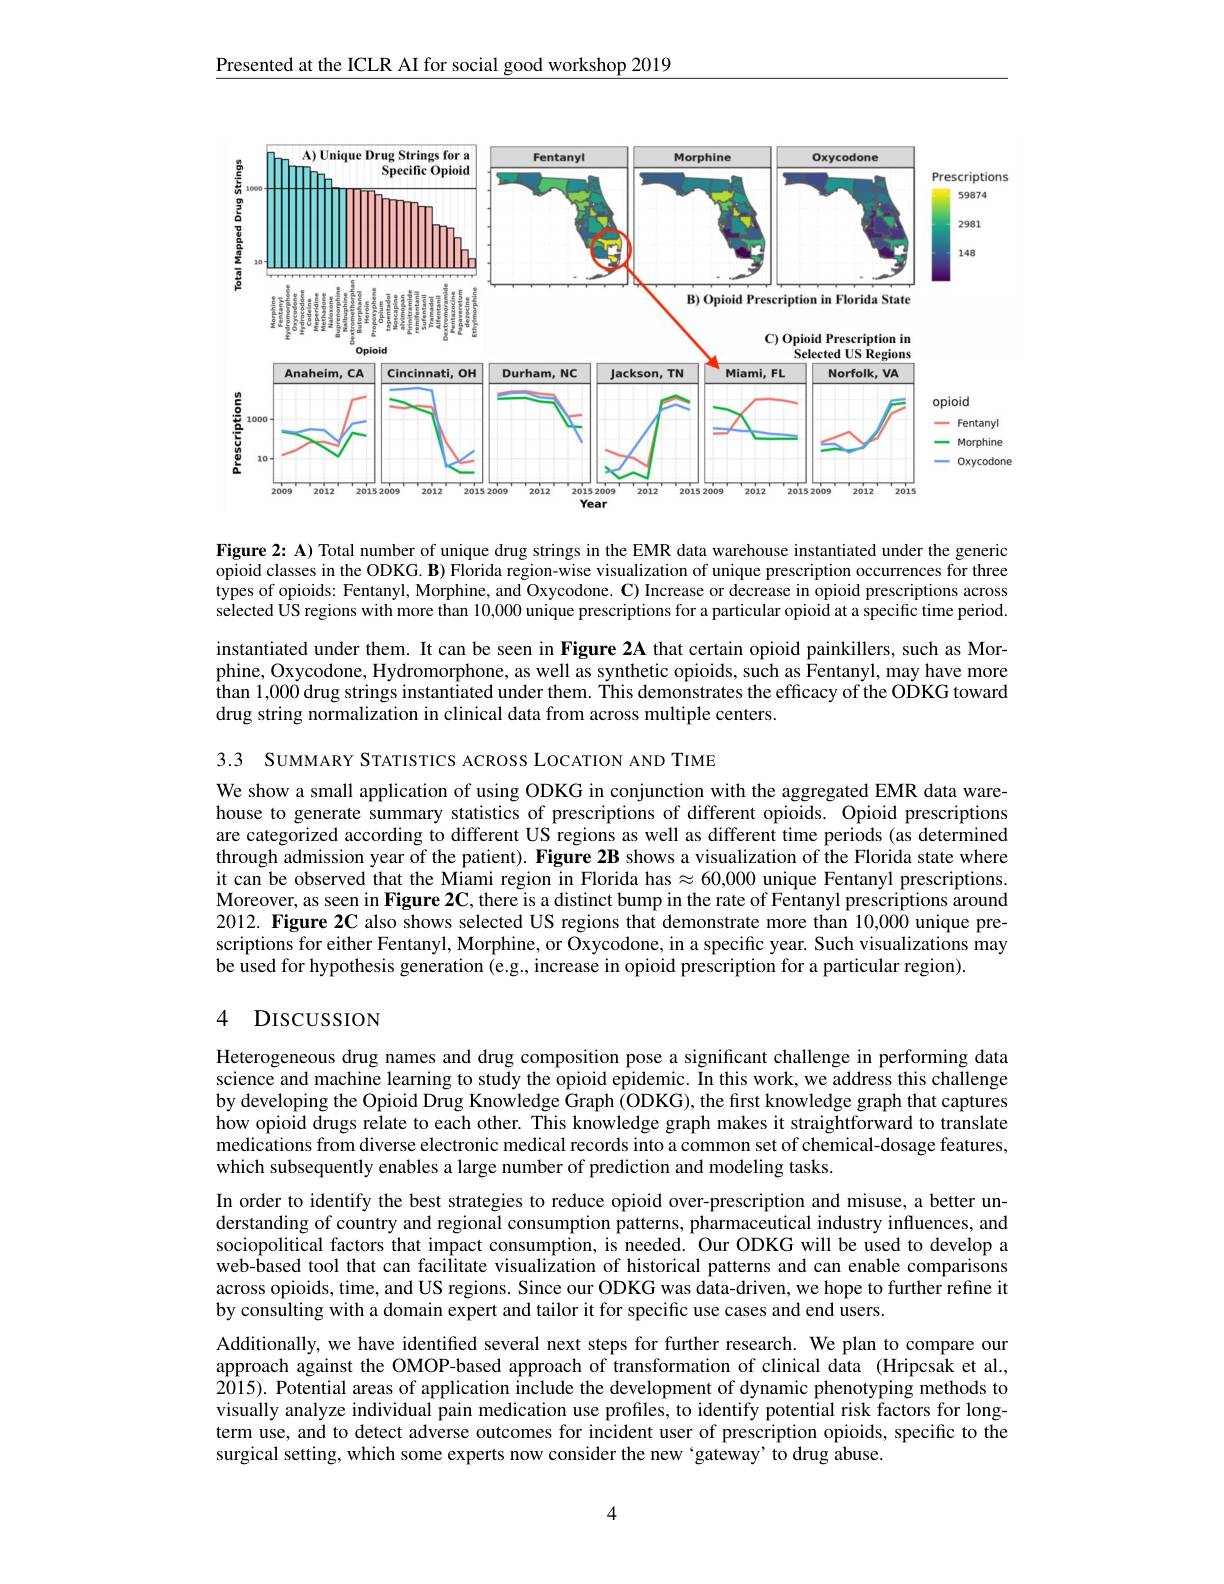
Presented at the ICLR AI for social good workshop 2019

<FigureHere>

Figure 2{:} A) Total number of unique drug strings in the EMR data warehouse instantiated under the generic opioid classes in the ODKG. B) Florida region-wise visualization of unique prescription occurrences for three types of opioids: Fentanyl, Morphine, and Oxycodone. C) Increase or decrease in opioid prescriptions across selected US regions with more than 10,000 unique prescriptions for a particular opioid at a specific time period.

instantiated under them. It can be seen in Figure 2A that certain opioid painkillers, such as Morphine, Oxycodone, Hydromorphone, as well as synthetic opioids, such as Fentanyl, may have more than 1,000 drug strings instantiated under them. This demonstrates the efficacy of the ODKG toward drug string normalization in clinical data from across multiple centers.

3.3 SUMMARY STATISTICS ACROSS LOCATION AND TIME

We show a small application of using ODKG in conjunction with the aggregated EMR data warehouse to generate summary statistics of prescriptions of different opioids. Opioid prescriptions are categorized according to different US regions as well as different time periods (as determined through admission year of the patient). Figure 2B shows a visualization of the Florida state where it can be observed that the Miami region in Florida has $\approx60,000$ unique Fentanyl prescriptions. Moreover, as seen in Figure 2C, there is a distinct bump in the rate of Fentanyl prescriptions around 2012. Figure 2C also shows selected US regions that demonstrate more than 10,0000 unique prescriptions for either Fentanyl, Morphine, or Oxycodone, in a specific year. Such visualizations may be used for hypothesis generation (e.g., increase in opioid prescription for a particular region).

### 4 DISCUSSION

Heterogeneous drug names and drug composition pose a significant challenge in performing data science and machine learning to study the opioid epidemic. In this work, we address this challenge by developing the Opioid Drug Knowledge Graph (ODKG), the first knowledge graph that captures how opioid drugs relate to each other. This knowledge graph makes it straightforward to translate $\hat{\text{medications from diverse electronic medical records into a common set of chemical-dosage features,}}$ which subsequently enables a large number of prediction and modeling tasks.
In order to identify the best strategies to reduce opioid over-prescription and misuse, a better understanding of country and regional consumption patterns, pharmaceutical industry influences, and sociopolitical factors that impact consumption, is needed. Our ODKG will be used to develop a $web-\hat{\text{based tool that can facilitate visualization of historical patterns and can enable comparisons}}$ across opioids, time, and US regions. Since our ODKG was data-driven, we hope to further refine it by consulting with a domain expert and tailor it for specific use cases and end users.
Additionally, we have identified several next steps for further research. We plan to compare our approach against the OMOP-based approach of transformation of clinical data (Hripcsak et al., 2015). Potential areas of application include the development of dynamic phenotyping methods to visually analyze individual pain medication use profiles, to identify potential risk factors for longterm use, and to detect adverse outcomes for incident user of prescription opioids, specific to the surgical setting, which some experts now consider the new 'gateway' to drug abuse.

4